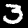
Label: 3